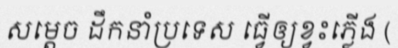
សម្តេច ដឹកនាំប្រទេស ធ្វើឲ្យខ្វះភ្លើង (